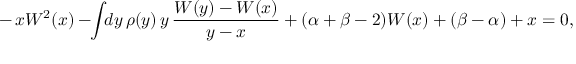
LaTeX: - \, x W ^ { 2 } ( x ) - \! \! \int \! \! d y \, \rho ( y ) \, y \, \frac { W ( y ) - W ( x ) } { y - x } + ( \alpha + \beta - 2 ) W ( x ) + ( \beta - \alpha ) + x = 0 ,